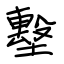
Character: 墼